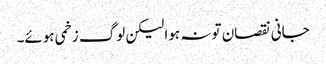
جانی نقصان تو نہ ہوا لیکن لوگ زخمی ہوئے۔